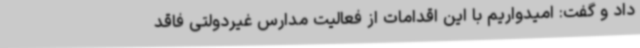
داد و گفت: امیدواریم با این اقدامات از فعالیت مدارس غیردولتی فاقد